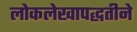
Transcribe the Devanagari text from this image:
लोकलेखापद्धतीने